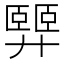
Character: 𢍴